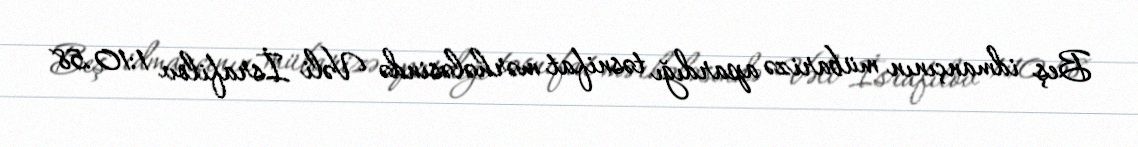
Beş idmançının mübarizə apardığı təsnifat mərhələsində Vəli İsrafilov 1:10.58